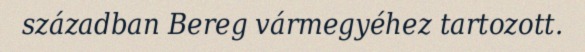
században Bereg vármegyéhez tartozott.